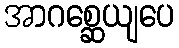
အာဂစ္ဆေယျပေ